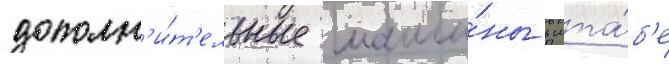
дополн'и́т'ельные маши́ны в шта́б'е